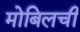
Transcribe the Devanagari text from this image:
मोबिलची